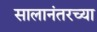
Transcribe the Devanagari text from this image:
सालानंतरच्या